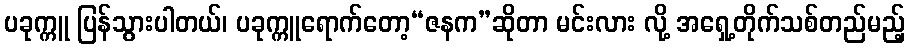
ပခုက္ကူ ပြန်သွားပါတယ်၊ ပခုက္ကူရောက်တော့“ဇနက”ဆိုတာ မင်းလား လို့ အရှေ့တိုက်သစ်တည်မည့်